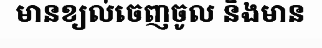
មានខ្យល់ចេញចូល និងមាន